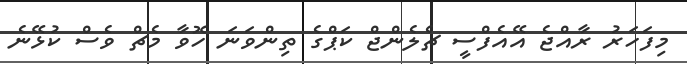
މިފަހަރު ރާއްޖެ އޭއެފްސީ ޗެލެންޖް ކަޕްގެ ތިންވަނަ ހޮވާ މެޗް ވެސް ކުޅޭނެ